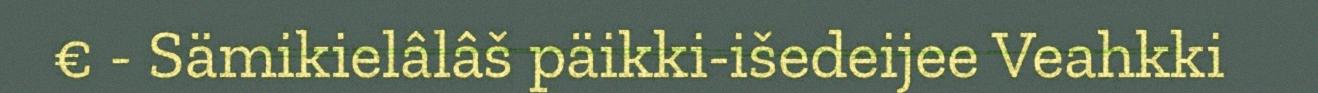
€ - Sämikielâlâš päikki-išedeijee Veahkki